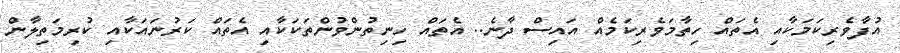
އުފާވެރިކަމަކާއި އެތައް ހިތާމަވެރިކަމެއް އައިސް ދާނެ.. އެތައް ހިނިތުންވުންތަކަކާއި އެތައް ކަރުނައަކާއި ކުރިމަތިލާން